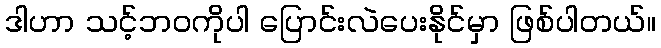
ဒါဟာ သင့်ဘဝကိုပါ ပြောင်းလဲပေးနိုင်မှာ ဖြစ်ပါတယ်။